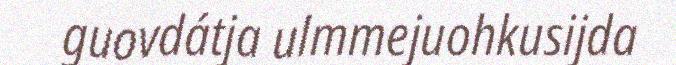
guovdátja ulmmejuohkusijda